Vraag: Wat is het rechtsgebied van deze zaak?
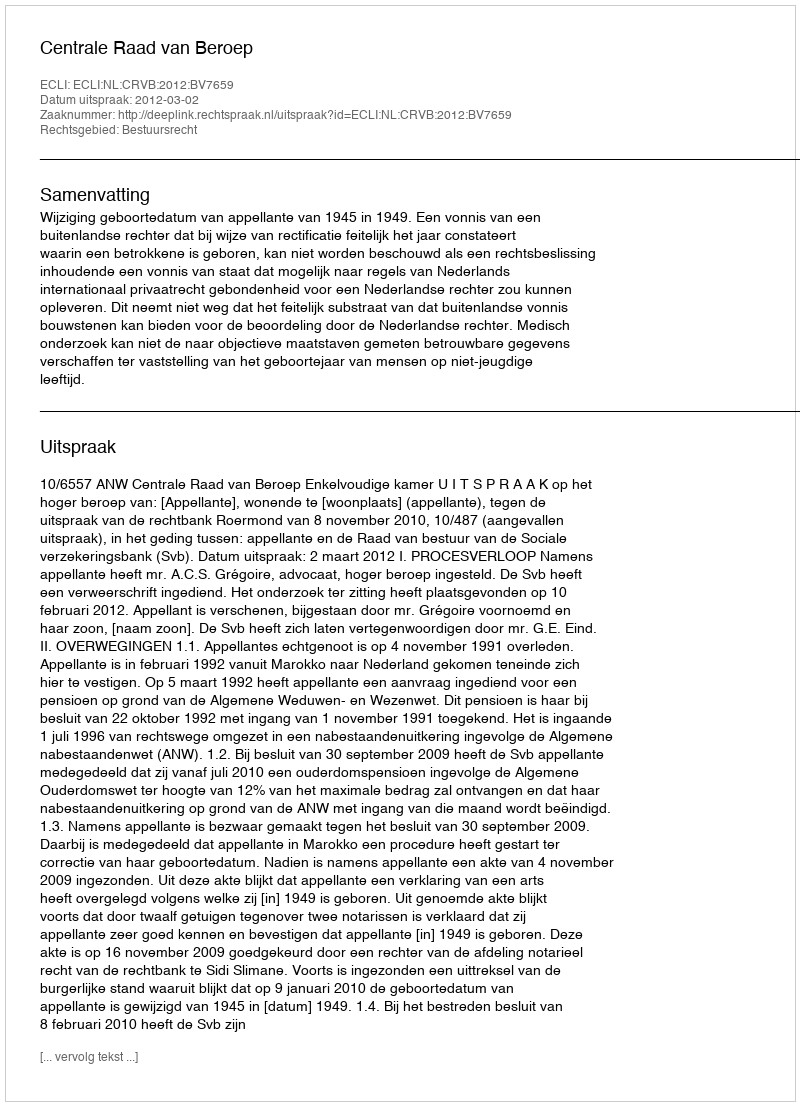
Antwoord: Bestuursrecht